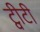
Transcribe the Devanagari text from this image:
ट्वीटी